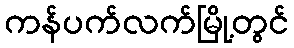
ကန်ပက်လက်မြို့တွင်